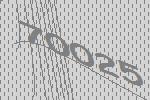
70025